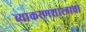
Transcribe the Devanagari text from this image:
व्याकरणशास्त्राचा